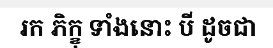
រក ភិក្ខុ ទាំងនោះ បី ដូចជា